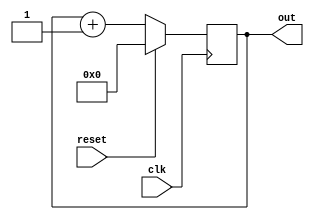
module top ( out, clk, reset );
    output [3:0] out;
    input clk, reset;
    reg [3:0] out;

    always @(posedge clk)
      if (reset)
          out <= 4'b0;
      else
          out <= out + 1;
endmodule